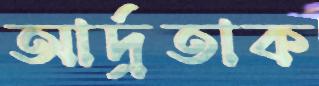
আর্দ্রতাক